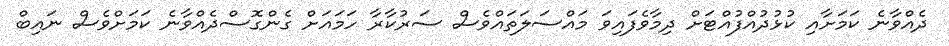
ދެއްވާނެ ކަމަށާއި ކުޅުދުއްފުއްޓަށް ދިމާވެފައިވަ މައްސަލަތައްވެސް ސަރުކާރާ ހަމައަށް ގެންގޮސްދެއްވާނެ ކަމަށްވެސް ނައިބް